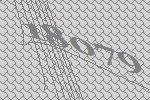
18079